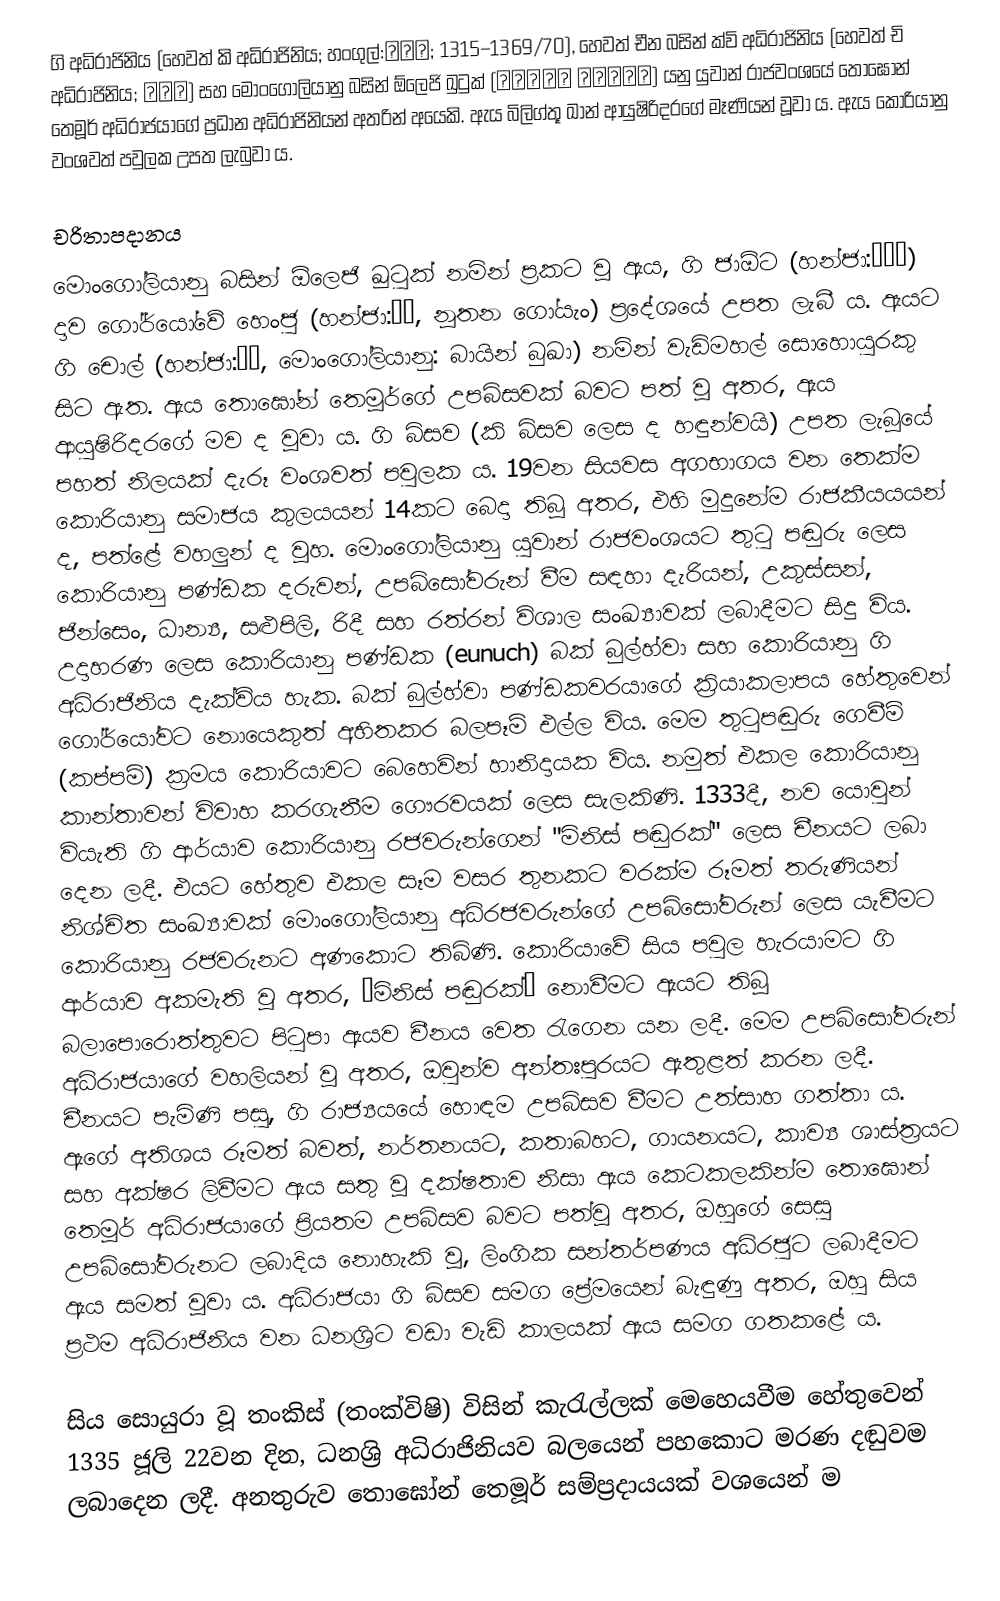
ගි අධිරාජිනිය (හෙවත් කි අධිරාජිනිය; හංගුල්:기황후; 1315–1369/70), හෙවත් චීන බසින් ක්වි අධිරාජිනිය (හෙවත් චි අධිරාජිනිය; 奇皇后) සහ මොංගෝලියානු බසින් ඕලෙජි ඛුටුක් (Өлзий хутуг) යනු යුවාන් රාජවංශයේ තොඝොන් තෙමූර් අධිරාජයාගේ ප්‍රධාන අධිරාජිනියන් අතරින් අයෙකි. ඇය බිලිග්තූ ඛාන් ආයුෂිරිදරගේ මෑණියන් වූවා ය. ඇය කොරියානු වංශවත් පවුලක උපත ලැබුවා ය.

චරිතාපදානය
මොංගෝලියානු බසින් ඕලෙජි ඛුටුක් නමින් ප්‍රකට වූ ඇය, ගි ජාඕට (හන්ජා:奇子敖) දාව ගෝර්යෝවේ හෙංජු (හන්ජා:幸州, නූතන ගෝයැං) ප්‍රදේශයේ උපත ලැබී ය. ඇයට ගි චොල් (හන්ජා:奇轍, මොංගෝලියානු: බායින් බුඛා) නමින් වැඩිමහල් සොහොයුරකු සිට ඇත. ඇය තොඝෝන් තෙමූර්ගේ උපබිසවක් බවට පත් වූ අතර, ඇය ආයුෂිරිදරගේ මව ද වූවා ය. ගි බිසව (කි බිසව ලෙස ද හඳුන්වයි) උපත ලැබූයේ පහත් නිලයක් දැරූ වංශවත් පවුලක ය. 19වන සියවස අගභාගය වන තෙක්ම කොරියානු සමාජය කුලයයන් 14කට බෙදා තිබූ අතර, එහි මුදුනේම රාජකීයයයන් ද, පත්ළේ වහලුන් ද වූහ. මොංගෝලියානු යුවාන් රාජවංශයට තුටු පඬුරු ලෙස කොරියානු පණ්ඩක දරුවන්, උපබිසෝවරුන් වීම සඳහා දැරියන්, උකුස්සන්, ජින්සෙං, ධාන්‍ය, සළුපිලි, රිදී සහ රත්රන් විශාල සංඛ්‍යාවක් ලබාදීමට සිදු විය. උදාහරණ ලෙස කොරියානු පණ්ඩක (eunuch) බක් බුල්හ්වා සහ කොරියානු ගි අධිරාජිනිය දැක්විය හැක. බක් බුල්හ්වා පණ්ඩකවරයාගේ ක්‍රියාකලාපය හේතුවෙන් ගෝර්යෝවට නොයෙකුත් අහිතකර බලපෑම් එල්ල විය. මෙම තුටුපඬුරු ගෙවීම් (කප්පම්) ක්‍රමය කොරියාවට බෙහෙවින් හානිදායක විය. නමුත් එකල කොරියානු කාන්තාවන් විවාහ කරගැනීම ගෞරවයක් ලෙස සැලකිණි. 1333දී, නව යොවුන් වියැති ගි ආර්යාව කොරියානු රජවරුන්ගෙන් "මිනිස් පඬුරක්" ලෙස චීනයට ලබා දෙන ලදී. එයට හේතුව එකල සෑම වසර තුනකට වරක්ම රූමත් තරුණියන් නිශ්චිත සංඛ්‍යාවක් මොංගෝලියානු අධිරජවරුන්ගේ උපබිසෝවරුන් ලෙස යැවීමට කොරියානු රජවරුනට අණකොට තිබිණි. කොරියාවේ සිය පවුල හැරයාමට ගි ආර්යාව අකමැති වූ අතර, “මිනිස් පඬුරක්” නොවීමට ඇය‍ට තිබූ බලාපොරොත්තුවට පිටුපා ඇයව චීනය වෙත රැගෙන යන ලදී. මෙම උපබිසෝවරුන් අධිරාජයාගේ වහලියන් වූ අතර, ඔවුන්ව අන්තඃපුරයට ඇතුළත් කරන ලදී. චීනයට පැමිණි පසු, ගි රාජ්‍යයයේ හොඳම උපබිසව වීමට උත්සාහ ගත්තා ය. ඇගේ අතිශය රූමත් බවත්, නර්තනයට, කතාබහට, ගායනයට, කාව්‍ය ශාස්ත්‍රයට සහ අක්ෂර ලිවීමට ඇය සතු වූ දක්ෂතාව නිසා ඇය කෙටකලකින්ම තොඝොන් තෙමූර් අධිරාජයාගේ ප්‍රියතම උපබිසව බවට පත්වූ අතර, ඔහුගේ සෙසු උපබිසෝවරුනට ලබාදිය නොහැකි වූ, ලිංගික සන්තර්පණය අධිරජුට ලබාදීමට ඇය සමත් වූවා ය. අධිරාජයා ගි බිසව සමග ප්‍රේමයෙන් බැඳුණු අතර, ඔහු සිය ප්‍රථම අධිරාජිනිය වන ධනශ්‍රිට වඩා වැඩි කාලයක් ඇය සමග ගතකළේ ය.

සිය සොයුරා වූ තංකිස් (තංක්විෂි) විසින් කැරැල්ලක් මෙහෙයවීම හේතුවෙන් 1335 ජූලි 22වන දින, ධනශ්‍රි අධිරාජිනියව බලයෙන් පහකොට මරණ දඬුවම ලබාදෙන ලදී. අනතුරුව තොඝෝන් තෙමූර් සම්ප්‍රදායයක් වශයෙන් ම